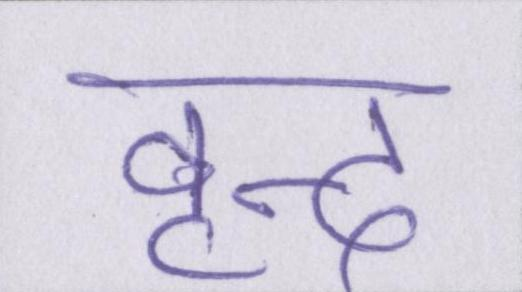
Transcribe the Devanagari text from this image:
वृन्द